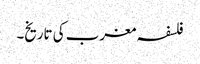
فلسفہ مغرب کی تاریخ۔